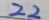
2 2